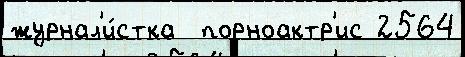
журнал'и́стка  порноактр'ис 2564